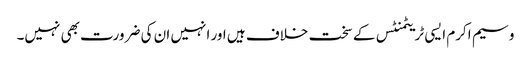
وسیم اکرم ایسی ٹریٹمنٹس کے سخت خلاف ہیں اور انہیں ان کی ضرورت بھی نہیں۔